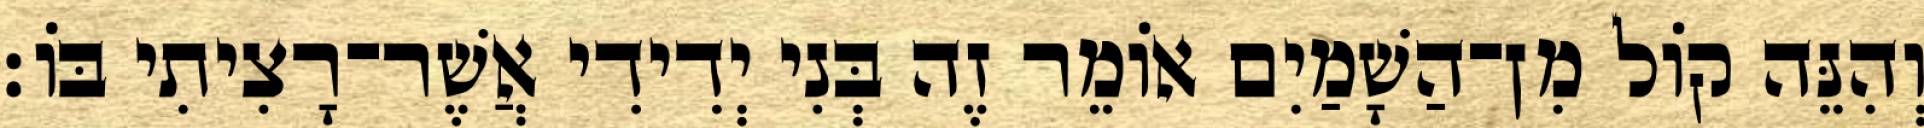
וְהִנֵּה קוֹל מִן־הַשָׁמַיִם אוֹמֵר זֶה בְּנִי יְדִידִי אֲשֶׁר־רָצִיתִי בּוֹ׃